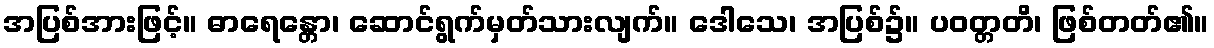
အပြစ်အားဖြင့်။ ဓာရေန္တော၊ ဆောင်ရွက်မှတ်သားလျက်။ ဒေါသေ၊ အပြစ်၌။ ပဝတ္တတိ၊ ဖြစ်တတ်၏။